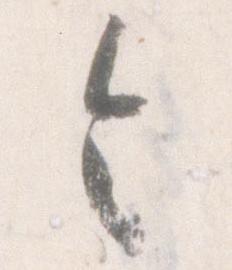
令